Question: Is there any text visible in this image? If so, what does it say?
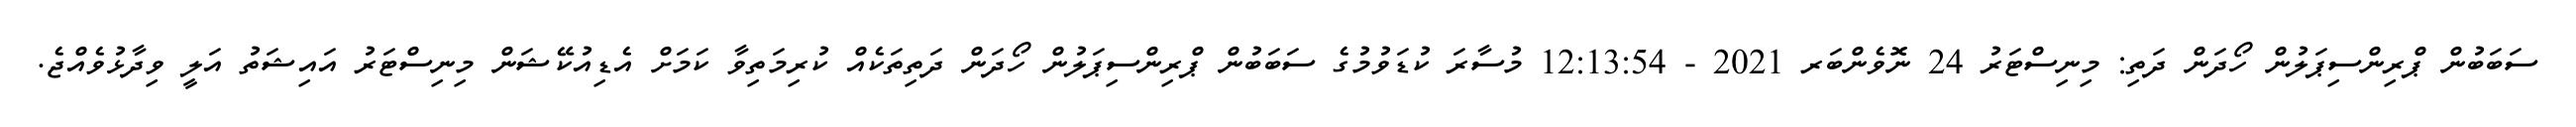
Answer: ސަބަބުން ޕްރިންސިޕަލުން ހޯދަން ދަތި: މިނިސްޓަރު 24 ނޮވެންބަރ 2021 - 12:13:54 މުސާރަ ކުޑަވުމުގެ ސަބަބުން ޕްރިންސިޕަލުން ހޯދަން ދަތިތަކެއް ކުރިމަތިވާ ކަމަށް އެޑިއުކޭޝަން މިނިސްޓަރު އައިޝަތު އަލީ ވިދާޅުވެއްޖެ.